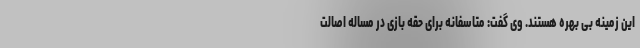
این زمینه بی بهره هستند. وی گفت: متاسفانه برای حقه بازی در مساله اصالت